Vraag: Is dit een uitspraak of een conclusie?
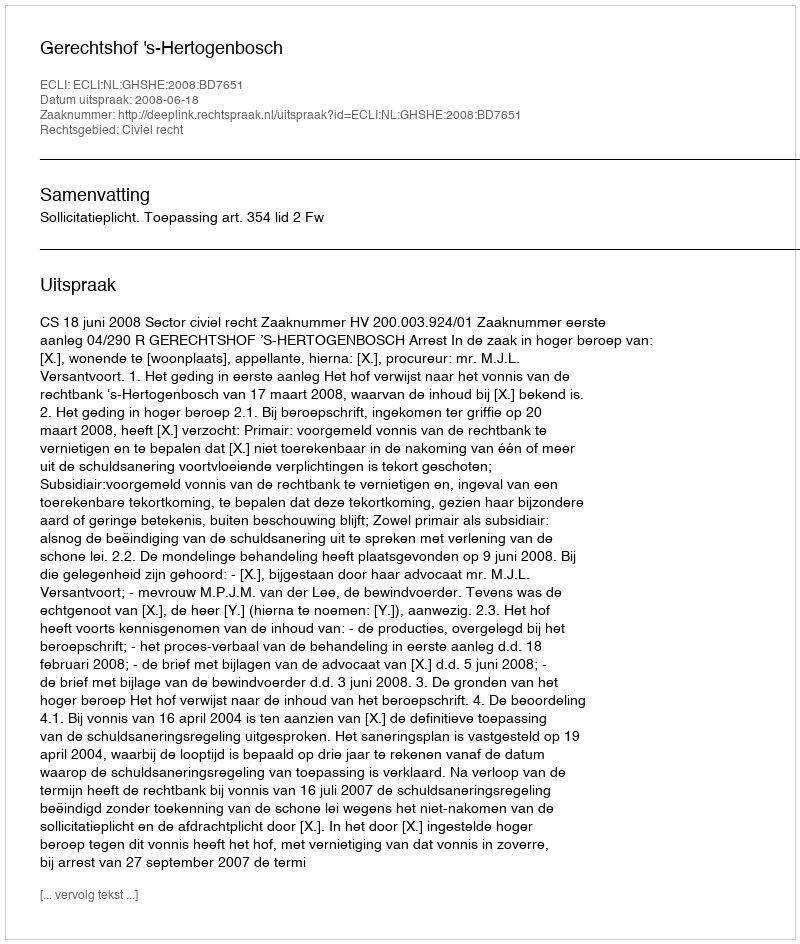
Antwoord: Uitspraak